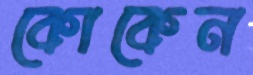
কোকেন